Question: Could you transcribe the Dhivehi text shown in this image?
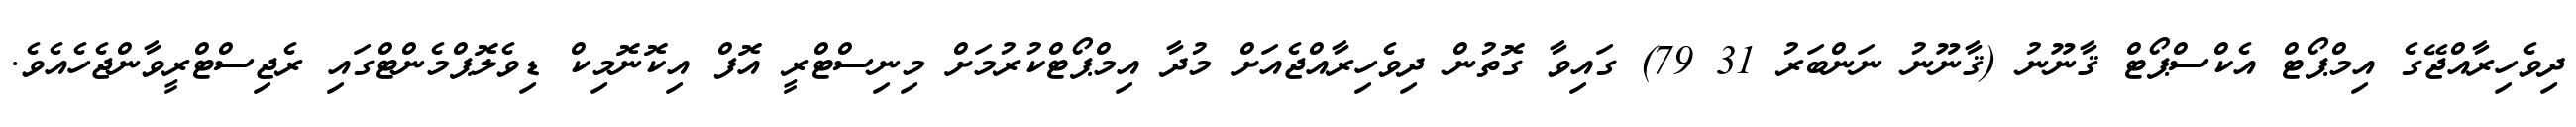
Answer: ދިވެހިރާއްޖޭގެ އިމްޕޯޓް އެކްސްޕޯޓް ޤާނޫނު (ޤާނޫނު ނަންބަރު 31 79) ގައިވާ ގޮތުން ދިވެހިރާއްޖެއަށް މުދާ އިމްޕޯޓްކުރުމަށް މިނިސްޓްރީ އޮފް އިކޮނޮމިކް ޑިވެލޮޕްމެންޓްގައި ރެޖިސްޓްރީވާންޖެހެއެވެ.